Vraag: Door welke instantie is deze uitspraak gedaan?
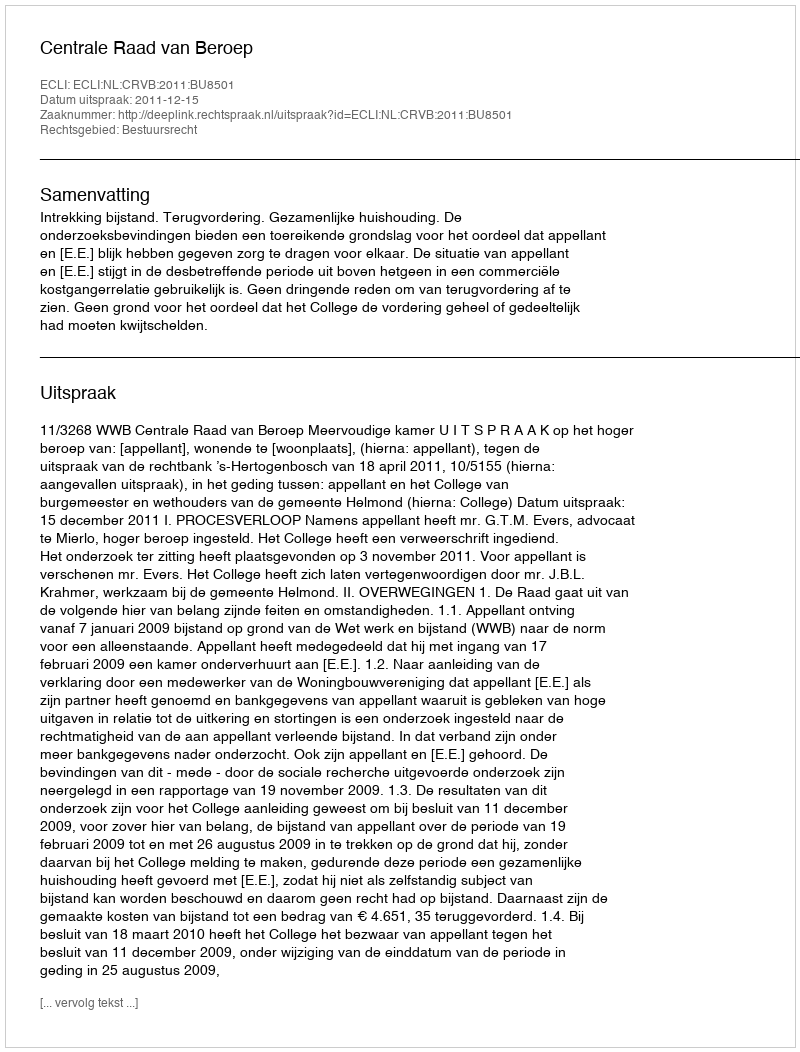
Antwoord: Centrale Raad van Beroep